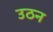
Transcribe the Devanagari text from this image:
उठन